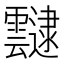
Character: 靆